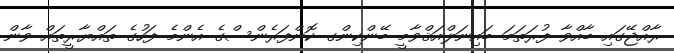
ރާާއްޖޭގައި ބާއްވާ ފުރަތަމަ ބައިނަލްއަޤްވާމީ ބޭންކިންގ ކޮންފަރެންސްގެ އެންމެ ފަހުގެ ތައްޔާރީތައް ވާން